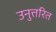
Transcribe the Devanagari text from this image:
उनुत्तरित